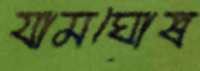
যামঘোষ